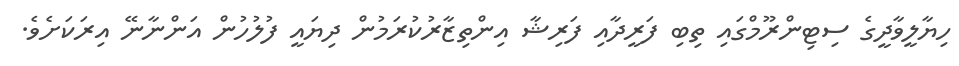
ހިޔާލީވާދީގެ ސިޓިންރޫމްގައި ތިބި ފަރީދާއި ފަރިޝާ އިންތިޒާރުކުރަމުން ދިޔައީ ފުލުހުން އަންނާނޭ އިރަކަށެވެ.